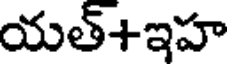
యత్+ఇహ